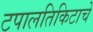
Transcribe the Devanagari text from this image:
टपालतिकिटाचे